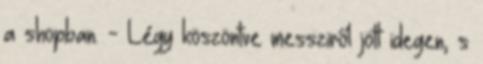
a shopban. - Légy köszöntve messziről jött idegen, s